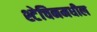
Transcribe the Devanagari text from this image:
श्टेचिनमधील